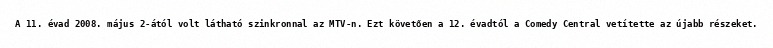
A 11. évad 2008. május 2-ától volt látható szinkronnal az MTV-n. Ezt követően a 12. évadtól a Comedy Central vetítette az újabb részeket.